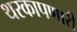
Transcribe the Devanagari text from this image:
थरकापणारी